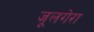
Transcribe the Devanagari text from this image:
जूलगेरा